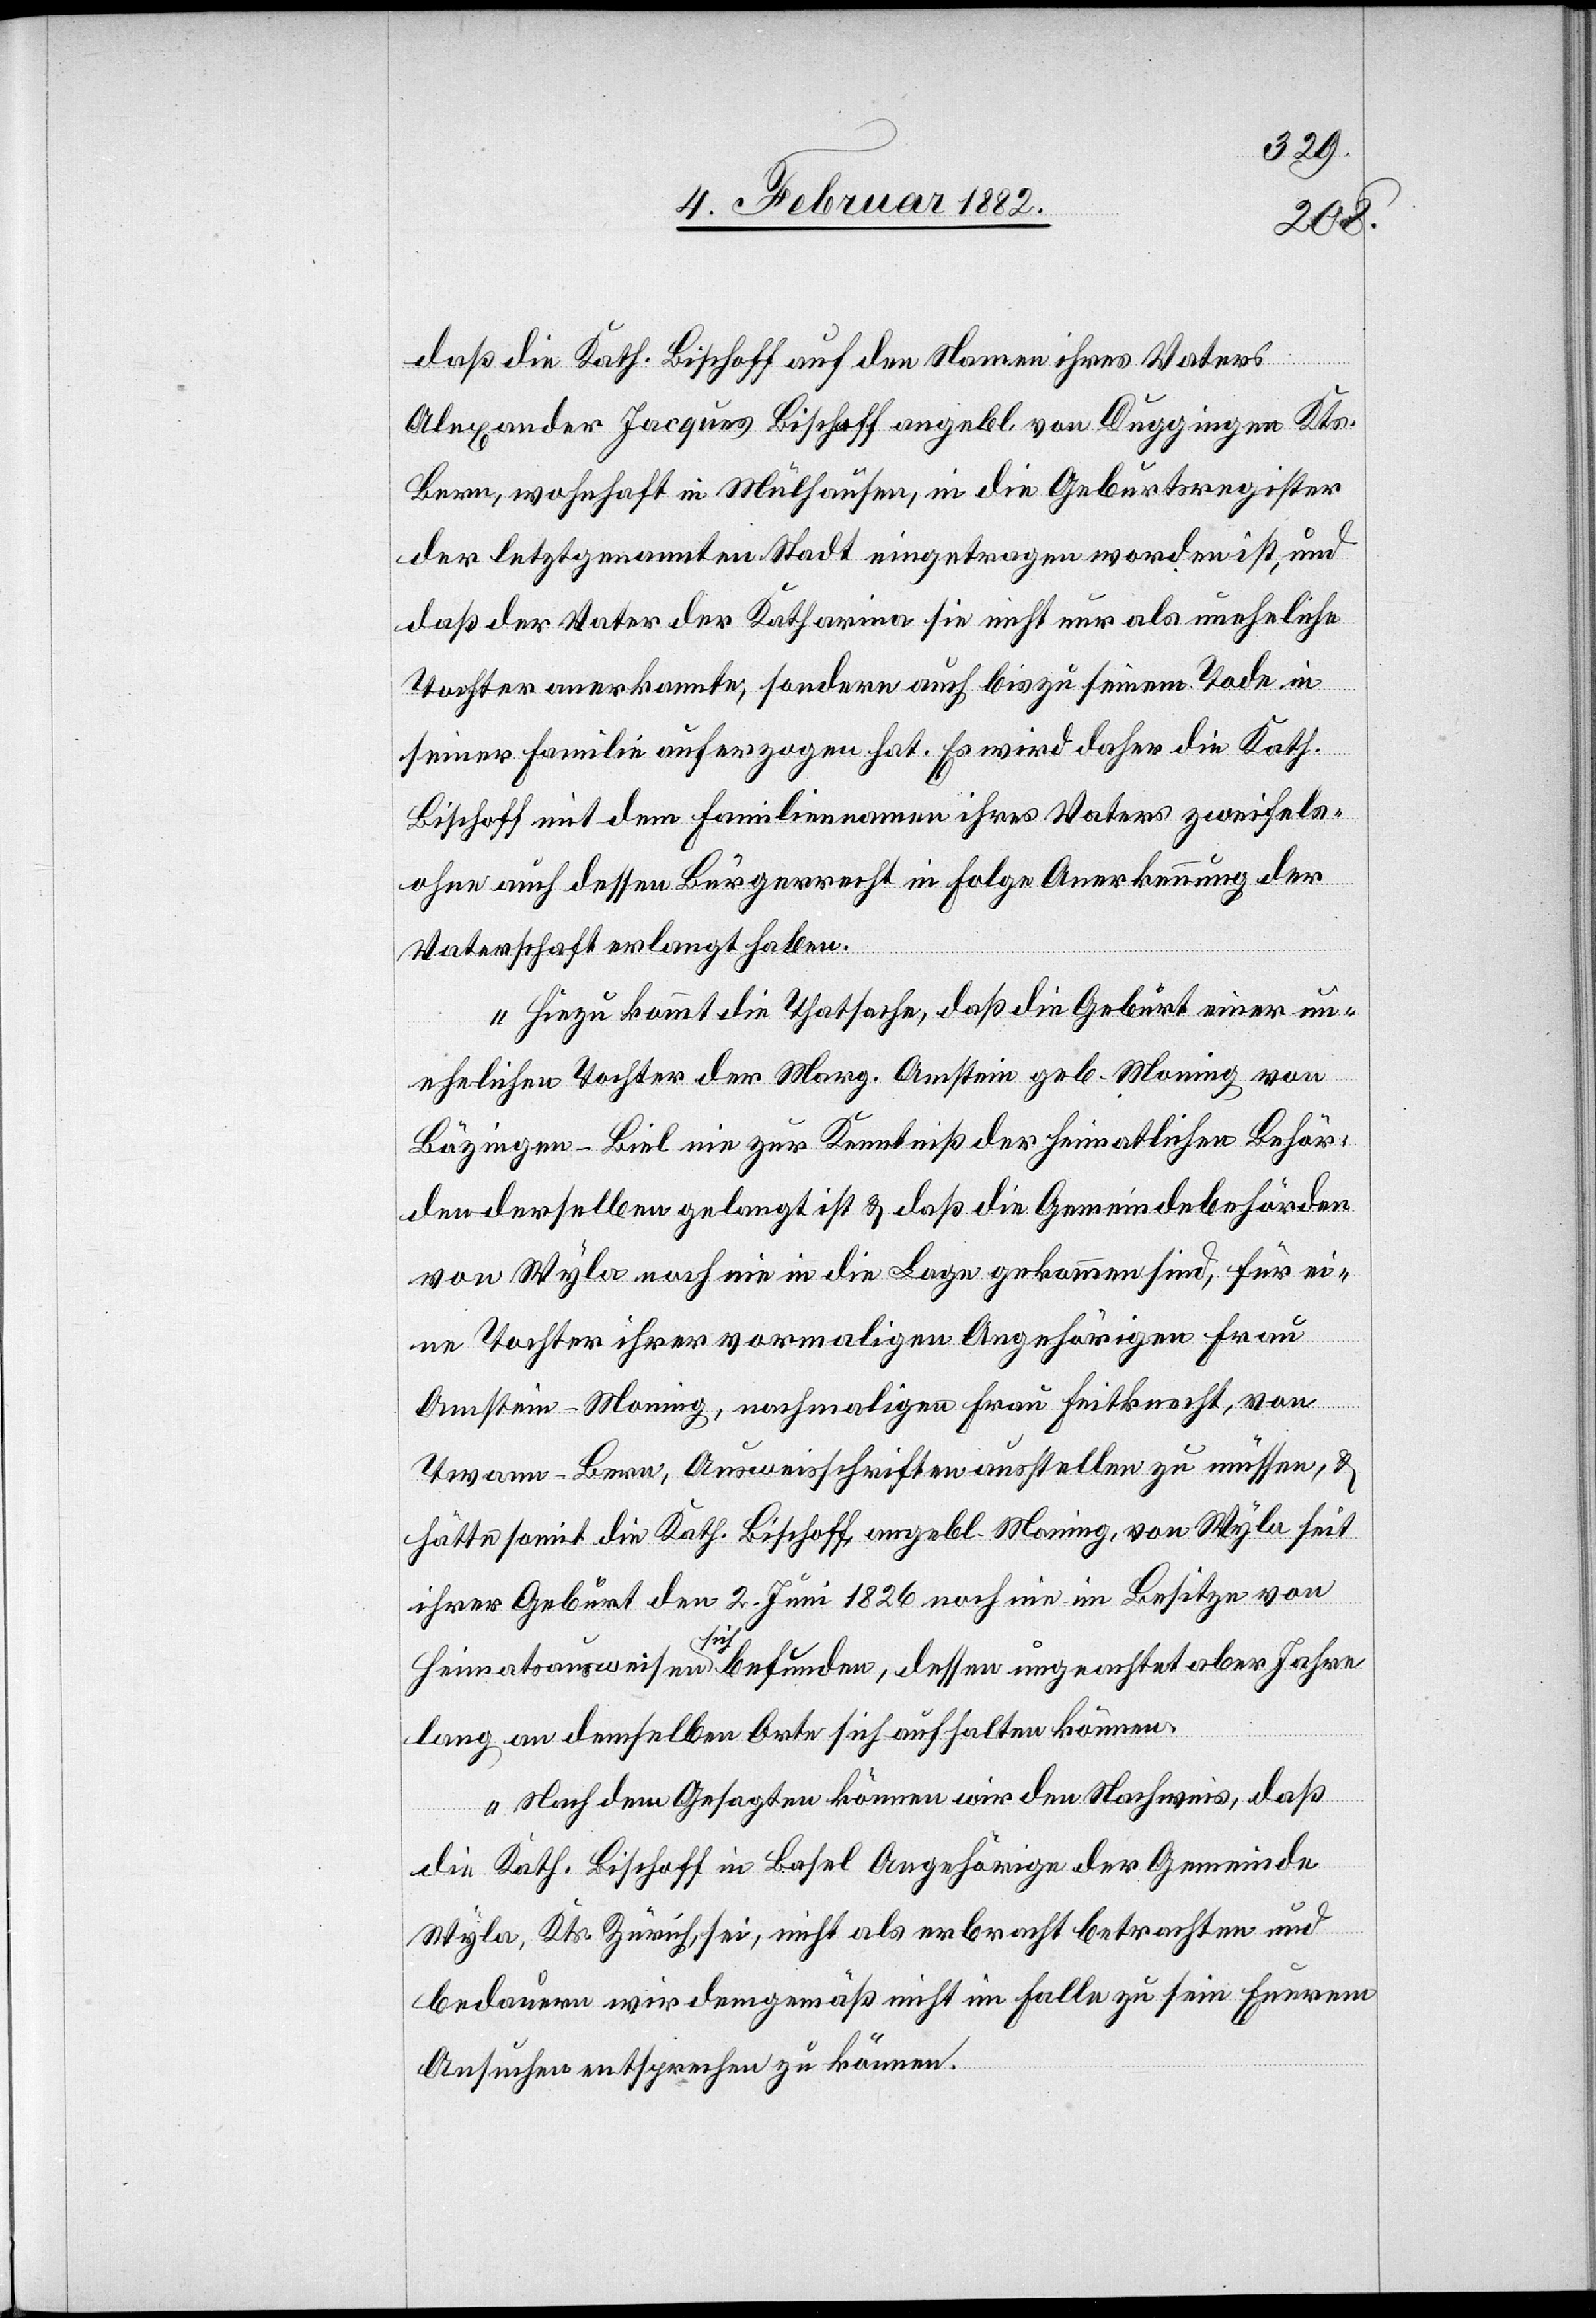
daß die Kath. Bischoff auf den Namen ihres Vaters
Alexander Jaques Bischoff angebl. von Duggingen Kts.
Bern, wohnhaft in Mülhausen, in die Geburtsregister
der letztgenannten Stadt eingetragen worden ist, und
daß der Vater der Katharina sie nicht nur als uneheliche
Tochter anerkannte, sondern auch bis zu seinem Tode in
seiner Familie auferzogen hat. Es wird daher die Kath.
Bischoff mit dem Familiennamen ihres Vaters zweifels¬
ohne auf dessen Bürgerrecht in Folge Anerkennung der
Vaterschaft verlangt haben.
Hinzu kommt die Thatsache, daß die Geburt einer un¬
ehelichen Tochter der Marg. Amstein geb. Moning von
Bäzingen - Biel nie zur Kenntniß der heimatlichen Behör¬
den derselben gelangt ist & daß die Gemeindebehörden
von Wyla noch nie in die Lage gekommen sind, für ei¬
ne Tochter ihrer vormaligen Angehörigen Frau
Amstein - Moning, nochmalige Frau Feitknecht, von
Twann - Bern, Ausweisschriften ausstellen zu müssen, &
hätte somit die Kath. Bischoff, angebl. Moning, von Wyla seit
ihrer Geburt den 2. Juni 1826 noch nie im Besitze von
Heimatausweisen sich befunden, dessen ungeachtet aber Jahre
lang an demselben Orte sich aufhalten können.
Nach dem Gesagten können wir den Nachweis, daß
die Kath. Bischoff in Basel Angehörige der Gemeinde
Wyla, Kts. Zürich, sei, nicht als erbracht betrachten und
bedauern wir demgemäß nicht im Falle zu sein Eurem
Ansuchen entsprechen zu können.